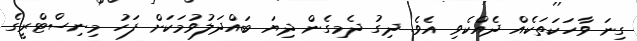
ގިނަ ވާހަކަތަކެއް ދެއްކެވި އެވެ. ދިގު ދެމިގެން ދިޔަ ބައްދަލުވުމަކަށް ފަހު މިނިސްޓްރީގެ